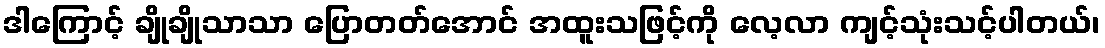
ဒါကြောင့် ချိုချိုသာသာ ပြောတတ်အောင် အထူးသဖြင့်ကို လေ့လာ ကျင့်သုံးသင့်ပါတယ်၊